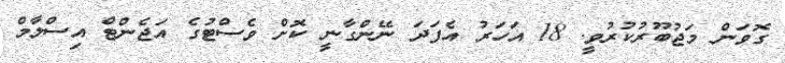
ގޮވަން މަޖުބޫރުކުރުވީ. 18 އަހަރު އެފަދަ ނޭންގާނީ ކޮށް ވެސްޓުގެ އަޖެންޓް އިސްލާމް